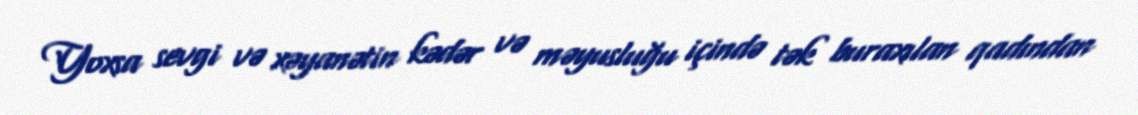
Yoxsa sevgi və xəyanətin kədər və məyusluğu içində tək buraxılan qadından